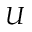
U